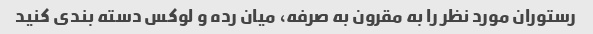
رستوران مورد نظر را به مقرون به صرفه، میان رده و لوکس دسته بندی کنید